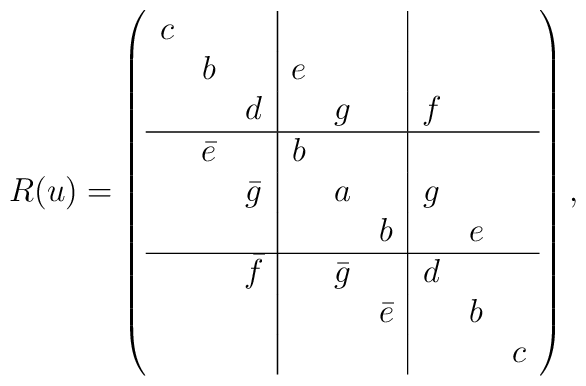
R(u)=\left(\begin{array}{ccc|ccc|ccc} c  &         &         &    &         &         &   &   & \\    &    b    &         & e  &         &         &   &   & \\    &         &    d    &    &    g    &         & f &   & \\ \hline    & \bar{e} &         & b  &         &         &   &   & \\    &         & \bar{g} &    &    a    &         & g &   & \\    &         &         &    &         &   b     &   & e & \\ \hline    &         & \bar{f} &    & \bar{g} &         & d &   & \\    &         &         &    &         & \bar{e} &   & b & \\    &         &         &    &         &         &   &   & c \end{array}\right),